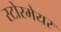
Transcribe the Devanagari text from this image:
स्टोरमेयर